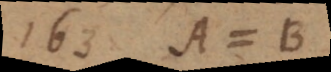
163) A = B